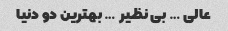
عالی … بی نظیر … بهترین دو دنیا